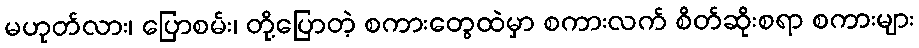
မဟုတ်လား၊ ပြောစမ်း၊ တို့ပြောတဲ့ စကားတွေထဲမှာ စကားလက် စိတ်ဆိုးစရာ စကားများ